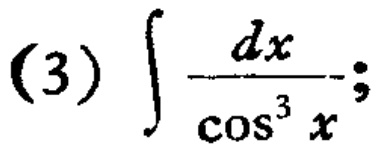
(3) \(\int \frac{dx}{\cos^{3}x}\);